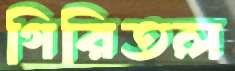
গিরিতল